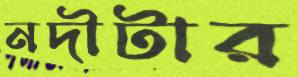
নদীটার